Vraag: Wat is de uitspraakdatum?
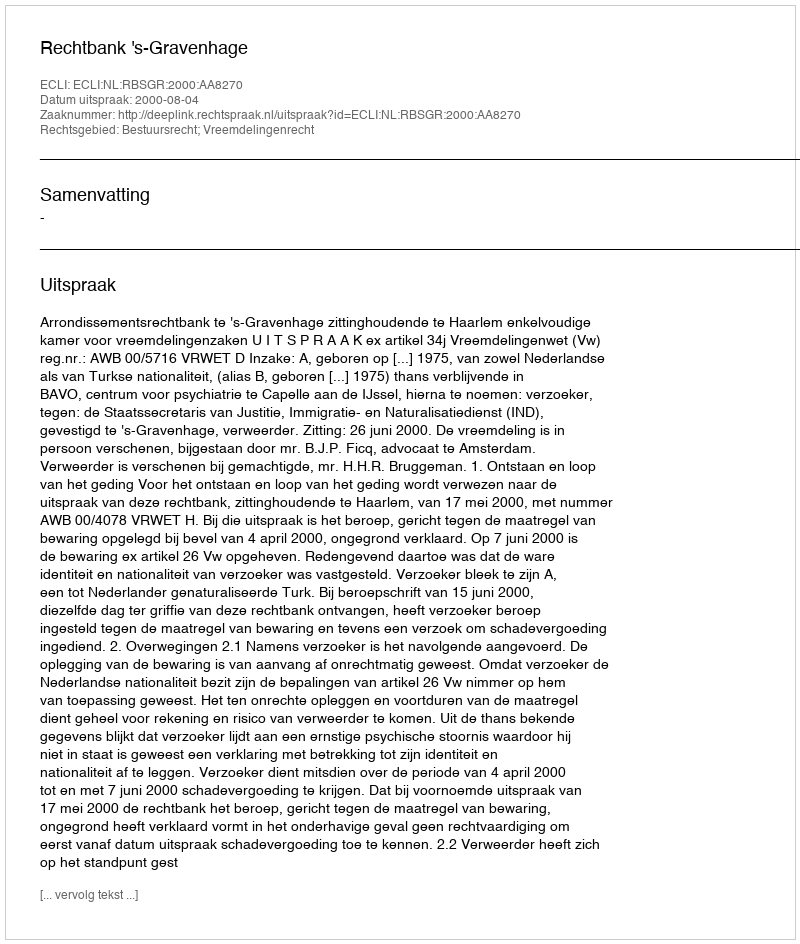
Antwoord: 2000-08-04